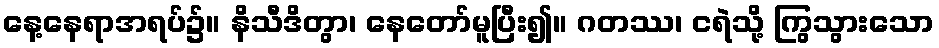
နေ့နေရာအရပ်၌။ နိသီဒိတွာ၊ နေတော်မူပြီး၍။ ဂတဿ၊ ငရဲသို့ ကြွသွားသော